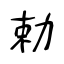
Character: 勅